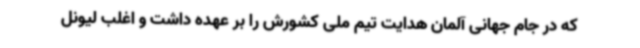
که در جام جهانی آلمان هدایت تیم ملی کشورش را بر عهده داشت و اغلب لیونل